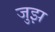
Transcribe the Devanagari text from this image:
जुझ